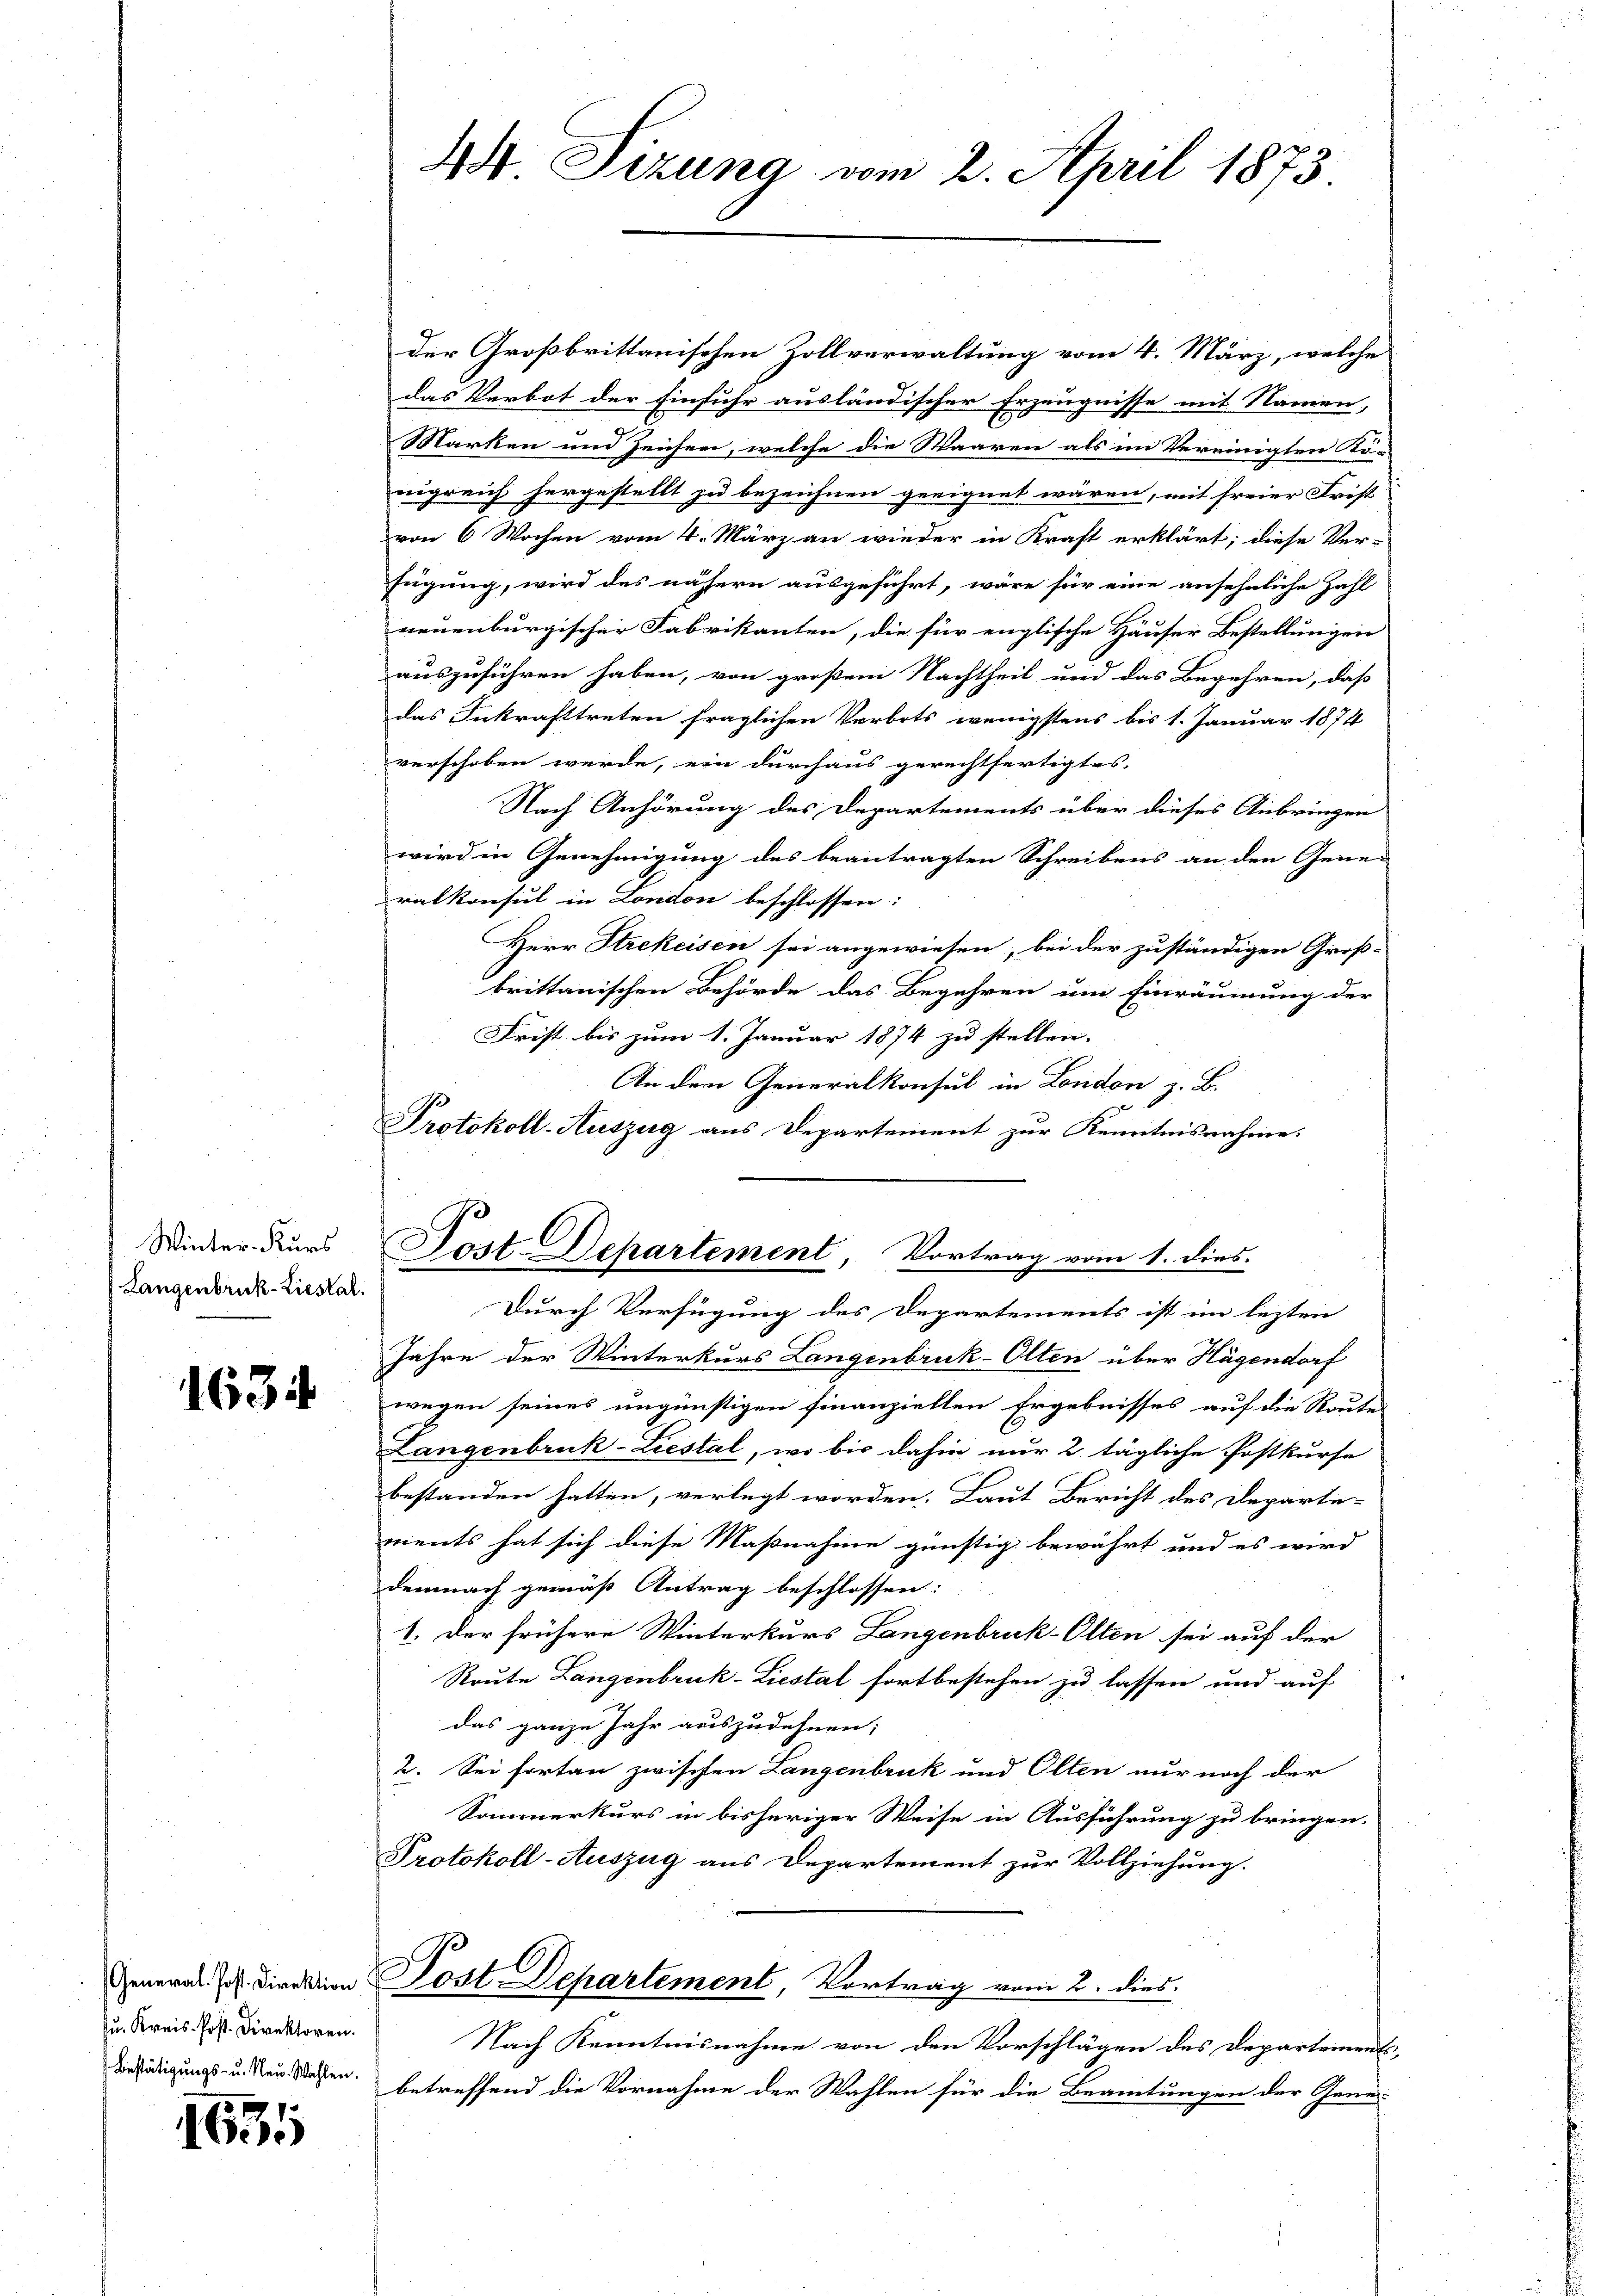
Winter-Kurs
Langenbruck-Liestal.

1634

Ju. Kreis Post. Direktoren.
Bestätigungs- u. Neu. Wahlen.

1635

der Großbrittanischen Zollverwaltung vom 4. März, welche
das Verbot der Einfuhr ausländischer Erzeugnisse mit Namen,
Marken um Zeichen, welche die Waaren als im Vereinigten Kö-
nigreich hergestellt zu bezeichnen geeignet wären, mit freier Frist
von 6 Wochen vom 4. März an wieder in Kraft erklärt; diese Ver-
fügung, wird des nähern ausgeführt, wäre für eine ansehnliche Zahl
neuenburgischer Fabrikanten, die für englische Häuser Bestellungen
auszuführen haben, von großem Nachtheil und das Begehren, daß
das Inkrafttreten fraglichen Verbots wenigstens bis 1. Januar 1874
verschoben werde, ein durchaus gerechtfertigtes
Nach Anhörung des Departements über dieses Anbringen
wird in Genehmigung des beantragten Schreibens an den Gene-
ralkonsul in London beschlossen:
Herr Strekeisen sei angewiesen, bei der zuständigen Groß-
krittanischen Behörde das Begehren um Einräumung der
Frist bis zum 1. Januar 1874 zu stellen.
An dem Generalkonsul in London z. B.
Protokoll-Auszug aus Departement zur Kenntnisnahme:
Durch Verfügung des Departements ist im lezten
Jahre der Winterkurs Langenbruck-Olten über Hagendorf
wegen seines ungünstigen finanziellen Ergebnisses auf die Routes
Langenbruck-Liestal, wo bis dahin nur 2 tägliche Postkurse
bestanden hatten, verlegt worden. Laut Bericht des Departe-
ments hat sich diese Maßnahme günstig bewährt und es wird
demnach gemäß Antrag beschlossen:
1. Der frühere Winterkurs Langenbruck-Olten sei auf der
Route Langenbruck-Liestal fortbestehen zu lassen und auf
das ganze Jahr auszudehnen;
2. Sei fortan zwischen Langenbruk und Olten nur noch der
Sommerkurs in bisheriger Weise in Ausführung zu bringen.
Protokoll-Auszug aus Departement zur Vollziehung.
General Jos. Direktion Post Departement, Vortrag vom 2. dies
Nach Kenntnisnahme von den Vorschlägen des Departements-
betreffend die Vornahme der Wahlen für die Beamtungen der Genei-

44 Tizung vom 2. April 1873

Post-Departement, Vortrag vom 1. dies